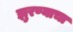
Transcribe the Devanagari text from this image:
झुरण्याचा